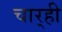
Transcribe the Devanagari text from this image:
चार्‍ही